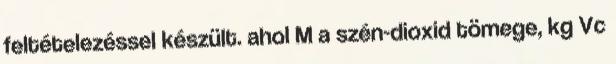
feltételezéssel készült. ahol M a szén-dioxid tömege, kg Vc